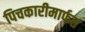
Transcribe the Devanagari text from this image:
पिचकारीमार्फत